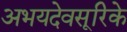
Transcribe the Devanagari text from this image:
अभयदेवसूरिके